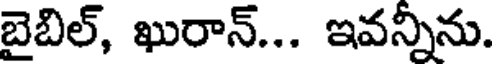
బైబిల్, ఖురాన్... ఇవన్నీను.